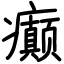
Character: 癫